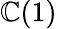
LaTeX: \mathbb{C}(1)